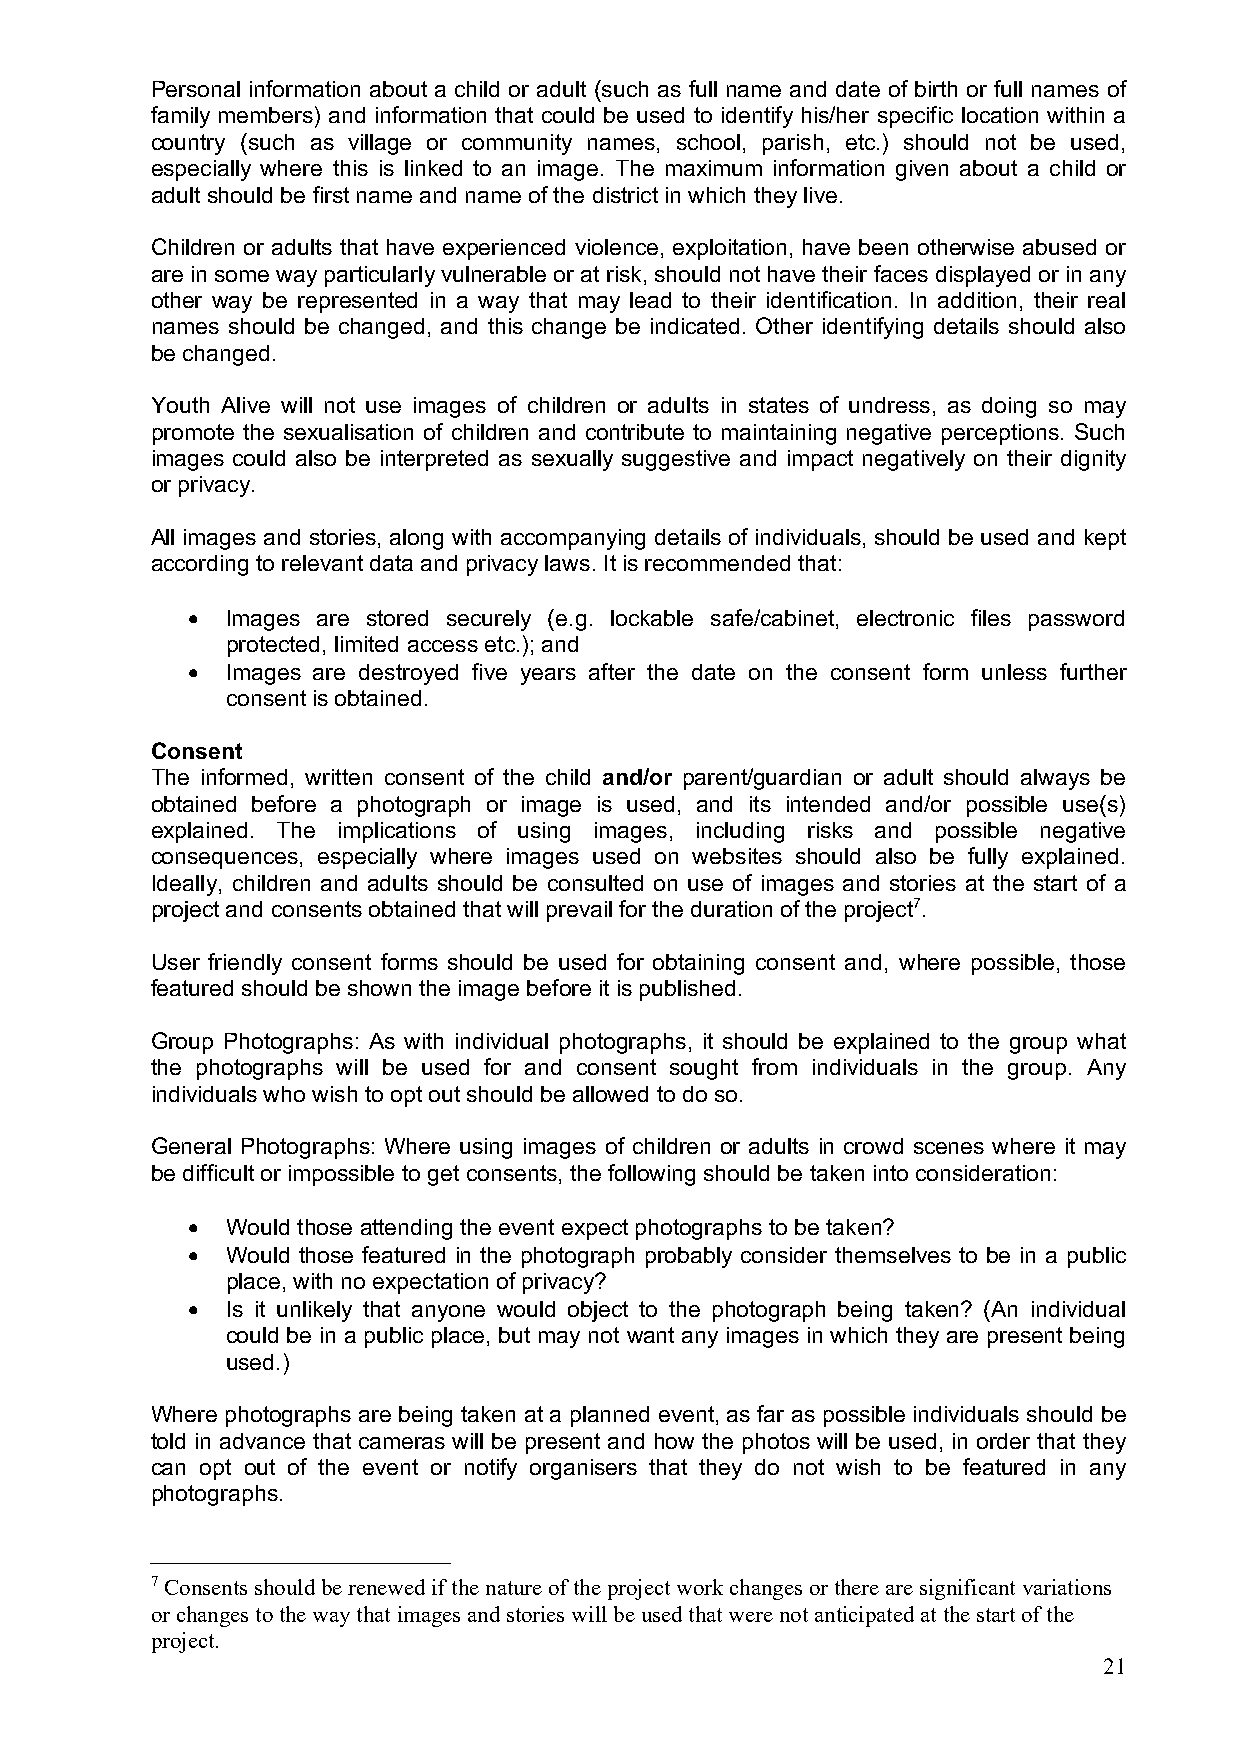
Personal information about a child or adult (such as full name and date of birth or full names of
 family members) and information that could be used to identify his/her specific location within a
 country (such as village or community names, school, parish, etc.) should not be used,
 especially where this is linked to an image. The maximum information given about a child or
 adult should be first name and name of the district in which they live.
 Children or adults that have experienced violence, exploitation, have been otherwise abused or
 are in some way particularly vulnerable or at risk, should not have their faces displayed or in any
 other way be represented in a way that may lead to their identification. In addition, their real
 names should be changed, and this change be indicated. Other identifying details should also
 be changed.
 Youth Alive will not use images of children or adults in states of undress, as doing so may
 promote the sexualisation of children and contribute to maintaining negative perceptions. Such
 images could also be interpreted as sexually suggestive and impact negatively on their dignity
 or privacy.
 All images and stories, along with accompanying details of individuals, should be used and kept
 according to relevant data and privacy laws. It is recommended that:
 •  Images are stored securely (e.g. lockable safe/cabinet, electronic files password
 protected, limited access etc.); and
 •  Images are destroyed five years after the date on the consent form unless further
 consent is obtained.
 Consent
 The informed, written consent of the child and/or parent/guardian or adult should always be
 obtained before a photograph or image is used, and its intended and/or possible use(s)
 explained. The implications of using images, including risks and possible negative
 consequences, especially where images used on websites should also be fully explained.
 Ideally, children and adults should be consulted on use of images and stories at the start of a
 project and consents obtained that will prevail for the duration of the project7.
 User friendly consent forms should be used for obtaining consent and, where possible, those
 featured should be shown the image before it is published.
 Group Photographs: As with individual photographs, it should be explained to the group what
 the photographs will be used for and consent sought from individuals in the group. Any
 individuals who wish to opt out should be allowed to do so.
 General Photographs: Where using images of children or adults in crowd scenes where it may
 be difficult or impossible to get consents, the following should be taken into consideration:
 •  Would those attending the event expect photographs to be taken?
 •  Would those featured in the photograph probably consider themselves to be in a public
 place, with no expectation of privacy?
 •  Is it unlikely that anyone would object to the photograph being taken? (An individual
 could be in a public place, but may not want any images in which they are present being
 used.)
 Where photographs are being taken at a planned event, as far as possible individuals should be
 told in advance that cameras will be present and how the photos will be used, in order that they
 can opt out of the event or notify organisers that they do not wish to be featured in any
 photographs.
 7 Consents should be renewed if the nature of the project work changes or there are significant variations
 or changes to the way that images and stories will be used that were not anticipated at the start of the
 project.
 21